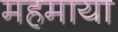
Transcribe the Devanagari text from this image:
महमाया